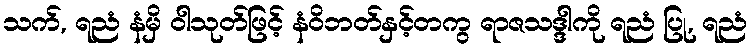
သက်, ရညံ နံမှိ ဝါသုတ်ဖြင့် နံဝိဘတ်နှင့်တကွ ရာဇသဒ္ဒါကို ရညံ ပြု, ရညံ